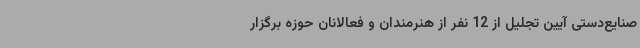
صنایع‌دستی آیین تجلیل از 12 نفر از هنرمندان و فعالانان حوزه برگزار